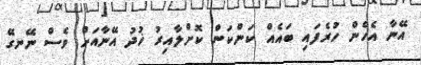
އޭނާ އެހެން ހުރެފައި ބައެއް ކަންކަން ކޮށްލާއިރު ޚުދު އޭނާއަށް ވެސް ނޭނގޭ